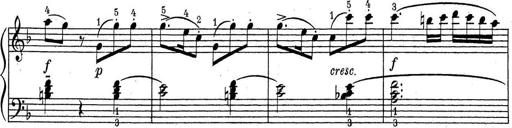
Title: ÄŒeskÃ© Sonatiny
Composer: Various